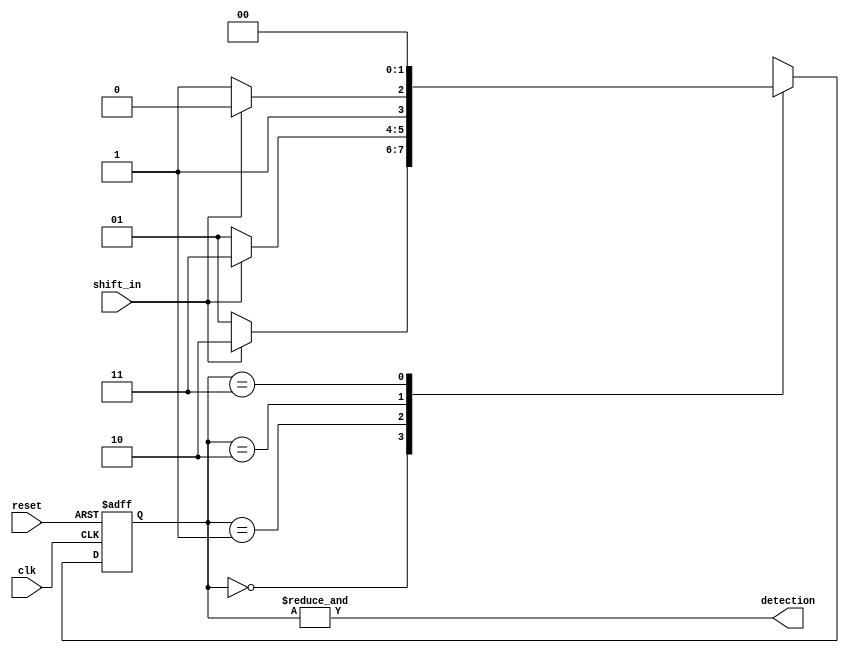
module non_overlapping_moore_pattern_recognizer (reset, clk, shift_in, detection);
     localparam [1:0] IDLE = 2'b00, SEEN0 = 2'b01, SEEN1 = 2'b10, DETECTED = 2'b11;

     input reset, clk, shift_in;
     output detection;

     reg [1:0] state, next;

     always @(posedge clk or posedge reset) begin
          if (reset) begin
               state <= IDLE;
          end
          else begin
               state <= next;
          end
     end

     // States:
     // IDLE: Default state
     // SEEN0: Pattern begins with a 0
     // SEEN1: Pattern begins with a 1
     // DETECTED: One of the two patterns "01" or "10" was detected.

     always @(*) begin
          next = 2'bx;
          case (state)
               IDLE:
               begin
                    if (shift_in) next = SEEN1;
                    else next = SEEN0;
               end
               SEEN0:
               begin
                    if (shift_in) next = DETECTED;
                    else next = SEEN0;
               end
               SEEN1:
               begin
                    if (shift_in) next = SEEN1;
                    else next = DETECTED;
               end
               DETECTED:
               begin
                    next = IDLE;
               end
          endcase  
     end

     assign detection = &state;

endmodule